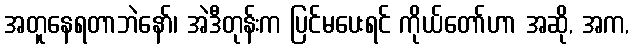
အတူနေရတာဘဲနော်၊ အဲဒီတုန်းက ပြင်မပေးရင် ကိုယ်တော်ဟာ အဆို, အက,